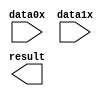
// megafunction wizard: %LPM_XOR%VBB%
// GENERATION: STANDARD
// VERSION: WM1.0
// MODULE: lpm_xor 

// ============================================================
// Megafunction Name(s):
// 			lpm_xor
//
// Simulation Library Files(s):
// 			lpm
// ============================================================
// ************************************************************
// THIS IS A WIZARD-GENERATED FILE. DO NOT EDIT THIS FILE!
//
// 9.0 Build 184 04/29/2009 SP 1 SJ Web Edition
// ************************************************************

//Copyright (C) 1991-2009 Altera Corporation
//Your use of Altera Corporation's design tools, logic functions 
//and other software and tools, and its AMPP partner logic 
//functions, and any output files from any of the foregoing 
//(including device programming or simulation files), and any 
//associated documentation or information are expressly subject 
//to the terms and conditions of the Altera Program License 
//Subscription Agreement, Altera MegaCore Function License 
//Agreement, or other applicable license agreement, including, 
//without limitation, that your use is for the sole purpose of 
//programming logic devices manufactured by Altera and sold by 
//Altera or its authorized distributors.  Please refer to the 
//applicable agreement for further details.

module lpm_xor1 (
	data0x,
	data1x,
	result);

	input	[10:0]  data0x;
	input	[10:0]  data1x;
	output	[10:0]  result;

endmodule

// ============================================================
// CNX file retrieval info
// ============================================================
// Retrieval info: PRIVATE: CompactSymbol NUMERIC "0"
// Retrieval info: PRIVATE: GateFunction NUMERIC "2"
// Retrieval info: PRIVATE: INTENDED_DEVICE_FAMILY STRING "FLEX10KE"
// Retrieval info: PRIVATE: InputAsBus NUMERIC "0"
// Retrieval info: PRIVATE: SYNTH_WRAPPER_GEN_POSTFIX STRING "0"
// Retrieval info: PRIVATE: WidthInput NUMERIC "11"
// Retrieval info: PRIVATE: nInput NUMERIC "2"
// Retrieval info: CONSTANT: LPM_SIZE NUMERIC "2"
// Retrieval info: CONSTANT: LPM_TYPE STRING "LPM_XOR"
// Retrieval info: CONSTANT: LPM_WIDTH NUMERIC "11"
// Retrieval info: USED_PORT: data0x 0 0 11 0 INPUT NODEFVAL data0x[10..0]
// Retrieval info: USED_PORT: data1x 0 0 11 0 INPUT NODEFVAL data1x[10..0]
// Retrieval info: USED_PORT: result 0 0 11 0 OUTPUT NODEFVAL result[10..0]
// Retrieval info: CONNECT: @data 0 0 11 0 data0x 0 0 11 0
// Retrieval info: CONNECT: @data 0 0 11 11 data1x 0 0 11 0
// Retrieval info: CONNECT: result 0 0 11 0 @result 0 0 11 0
// Retrieval info: LIBRARY: lpm lpm.lpm_components.all
// Retrieval info: GEN_FILE: TYPE_NORMAL lpm_xor1.v TRUE
// Retrieval info: GEN_FILE: TYPE_NORMAL lpm_xor1.inc FALSE
// Retrieval info: GEN_FILE: TYPE_NORMAL lpm_xor1.cmp TRUE
// Retrieval info: GEN_FILE: TYPE_NORMAL lpm_xor1.bsf FALSE
// Retrieval info: GEN_FILE: TYPE_NORMAL lpm_xor1_inst.v TRUE
// Retrieval info: GEN_FILE: TYPE_NORMAL lpm_xor1_bb.v TRUE
// Retrieval info: LIB_FILE: lpm